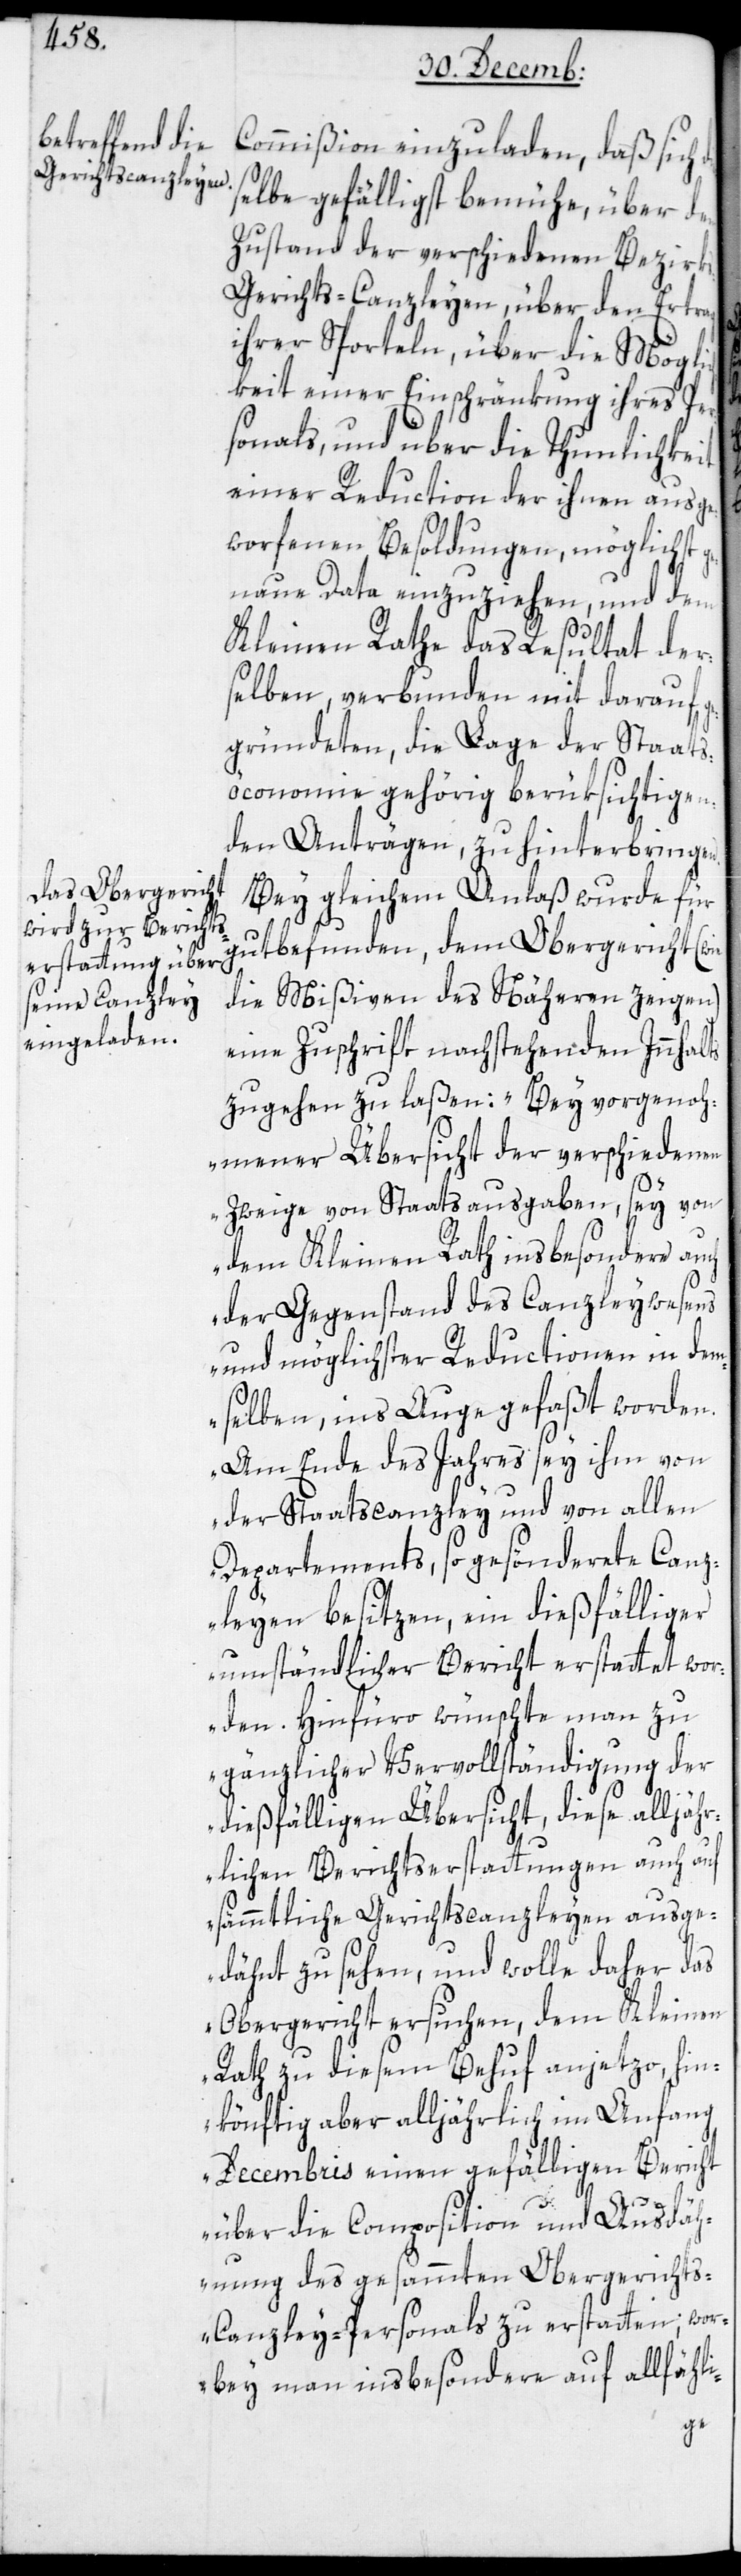
Commißion einzuladen, daß sich
selbe gefälligst bemühe, über den
Zustand der verschiedenen Bezirk¬
s-Gerichts-Canzleyen, über den Ertrag
ihrer Sporteln, über die Mögli¬
chkeit einer Einschränkung ihres Per¬
sonals, und über die Thunlichkeit
einer Reduction der ihnen ausge¬
worfenen Besoldungen, möglichst g¬
enaue Data einzuziehen, und dem
Kleinen Rathe das Resultat der¬
selben, verbunden mit darauf
gründeten, die Lage der Staats¬
öconomie gehörig berüksichtigen¬
den Anträgen, zu hinterbringen.
Bei gleichem Anlaß wurde für
gut befunden, dem Obergericht (wie
die Mißiven des näheren zeigen)
eine Zuschrift nachstehenden Inhalts
zugehen zu laßen: „Bey vorgenoh¬
mener Übersicht der verschiedenen
Zweige von Staatsausgaben, sey von
dem Kleinen Rath insbesondere auch
der Gegenstand des Canzleywesens
und möglichster Reductionen in dem¬
selben, ins Auge gefaßt worden.
Am Ende des Jahres sey ihm von
der Staatscanzley und von allen
Departements, so gesönderte Canz¬
leyen besitzen, ein dießfälliger
umständlichen Bericht erstattet wor¬
den. Hinfüro wünschte man zu
gänzlicher Vervollständigung der
dießfälligen Übersicht, diese alljäh¬
rlichen Berichtserstattungen auch auf
sämmtliche Gerichtscanzleyen ausge¬
dehnt zu sehen, und wolle daher das
Obergericht ersuchen, dem Kleinen
Rath zu diesem Behuf anjetzo, hin¬
könftig aber alljährlich im Anfang
Decembris einen gefälligen Bericht
die¬
über die Composition und Ausdäh¬
nung des gesammten Obergericht¬
s-Canzley-Personals zu erstatten; wor¬
bey man insbesondere auf allfähli-
ge¬